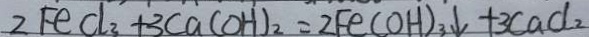
2 F e C l _ { 3 } + 3 C a ( O H ) _ { 2 } = 2 F e ( O H ) _ { 3 } \downarrow + 3 c a d _ { 2 }